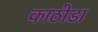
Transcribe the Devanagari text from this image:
काठोडा